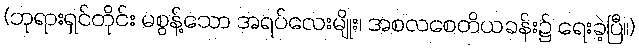
(ဘုရားရှင်တိုင်း မစွန့်သော အရပ်လေးမျိုး၊ အစလစေတိယခန်း၌ ရေးခဲ့ပြီ။)